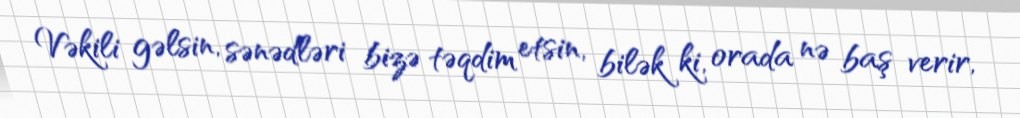
Vəkili gəlsin, sənədləri bizə təqdim etsin, bilək ki, orada nə baş verir,